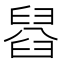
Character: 𦦂